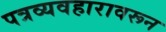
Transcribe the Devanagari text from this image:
पत्रव्यवहारावरून